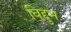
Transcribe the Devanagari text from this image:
विद्दुभ